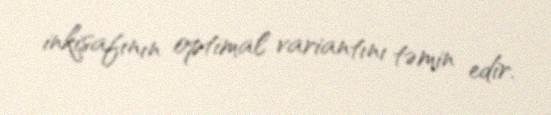
inkişafının optimal variantını təmin edir.